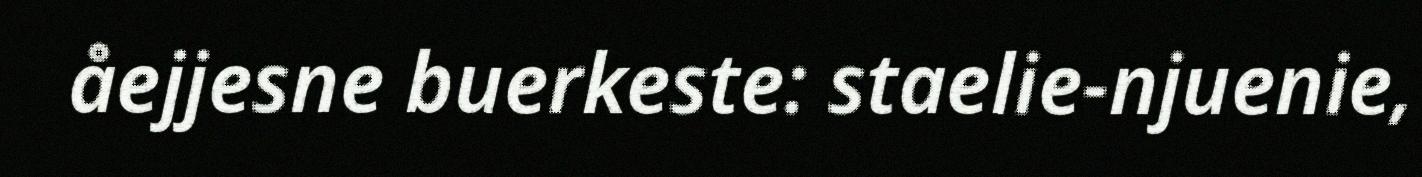
åejjesne buerkeste: staelie-njuenie,